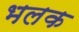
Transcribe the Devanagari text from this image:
भलक